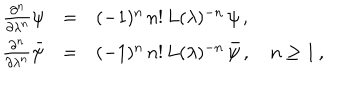
LaTeX: \begin{array} { r c l } { { \frac { \partial ^ { n } } { \partial \lambda ^ { n } } \psi } } & { { = } } & { { ( - 1 ) ^ { n } \, n ! \, L ( \lambda ) ^ { - n } \, \psi \, , } } \\ { { \frac { \partial ^ { n } } { \partial \lambda ^ { n } } \bar { \psi } } } & { { = } } & { { ( - 1 ) ^ { n } \, n ! \, L ( \lambda ) ^ { - n } \, \bar { \psi } \, , \quad n \geq 1 \, , } } \\ \end{array}